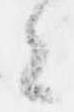
々